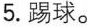
5.踢球。